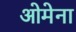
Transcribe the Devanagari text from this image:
ओमेना